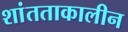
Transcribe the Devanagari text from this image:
शांतताकालीन